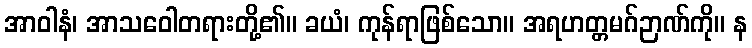
အာဝါနံ၊ အာသဝေါတရားတို့၏။ ခယံ၊ ကုန်ရာဖြစ်သော။ အရဟတ္တမဂ်ဉာဏ်ကို။ န